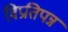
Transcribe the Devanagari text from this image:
विप्रतिपन्न